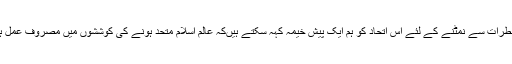
ان خطرات سے نمٹنے کے لئے اس اتحاد کو ہم ایک پیش خیمہ کہہ سکتے ہیںکہ عالم اسلام متحد ہونے کی کوششوں میں مصروف عمل ہے ۔